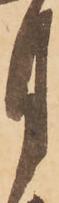
月